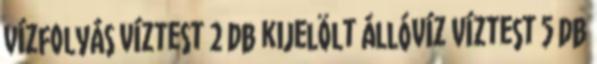
vízfolyás víztest 2 db kijelölt állóvíz víztest 5 db